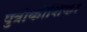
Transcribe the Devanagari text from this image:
पुत्रीकोशिका